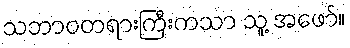
သဘာဝတရားကြီးကသာ သူ့ အဖော်။